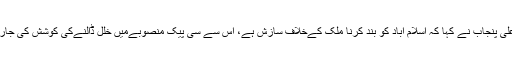
وزیر اعلٰی پنجاب نے کہا کہ اسلام آباد کو بند کرنا ملک کےخلاف سازش ہے، اس سے سی پیک منصوبےمیں خلل ڈالنےکی کوشش کی جارہی ہے۔